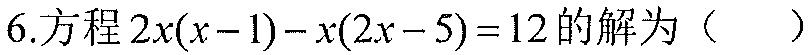
6.方程 \(2x(x - 1) - x(2x - 5) = 12\) 的解为（  ）